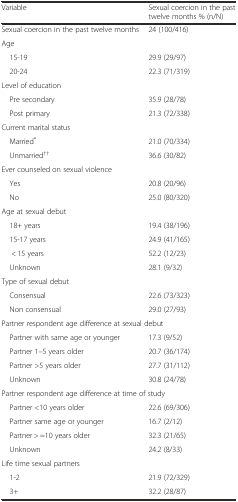
<table><thead><tr><td><b>Variable</b></td><td><b>Sexual coercion in the past twelve months % (n/N)</b></td></tr></thead><tbody><tr><td>Sexual coercion in the past twelve months</td><td>24 (100/416)</td></tr><tr><td colspan="2">Age</td></tr><tr><td> 15-19</td><td>29.9 (29/97)</td></tr><tr><td> 20-24</td><td>22.3 (71/319)</td></tr><tr><td colspan="2">Level of education</td></tr><tr><td> Pre secondary</td><td>35.9 (28/78)</td></tr><tr><td> Post primary</td><td>21.3 (72/338)</td></tr><tr><td colspan="2">Current marital status</td></tr><tr><td> Married<sup>®</sup></td><td>21.0 (70/334)</td></tr><tr><td> Unmarried<sup>††</sup></td><td>36.6 (30/82)</td></tr><tr><td colspan="2">Ever counseled on sexual violence</td></tr><tr><td> Yes</td><td>20.8 (20/96)</td></tr><tr><td> No</td><td>25.0 (80/320)</td></tr><tr><td colspan="2">Age at sexual debut</td></tr><tr><td> 18+ years</td><td>19.4 (38/196)</td></tr><tr><td> 15-17 years</td><td>24.9 (41/165)</td></tr><tr><td>&lt; 15 years</td><td>52.2 (12/23)</td></tr><tr><td> Unknown</td><td>28.1 (9/32)</td></tr><tr><td colspan="2">Type of sexual debut</td></tr><tr><td> Consensual</td><td>22.6 (73/323)</td></tr><tr><td> Non consensual</td><td>29.0 (27/93)</td></tr><tr><td colspan="2">Partner respondent age difference at sexual debut</td></tr><tr><td> Partner with same age or younger</td><td>17.3 (9/52)</td></tr><tr><td> Partner 1–5 years older</td><td>20.7 (36/174)</td></tr><tr><td> Partner &gt;5 years older</td><td>27.7 (31/112)</td></tr><tr><td> Unknown</td><td>30.8 (24/78)</td></tr><tr><td colspan="2">Partner respondent age difference at time of study</td></tr><tr><td> Partner &lt;10 years older</td><td>22.6 (69/306)</td></tr><tr><td> Partner same age or younger</td><td>16.7 (2/12)</td></tr><tr><td> Partner &gt; =10 years older</td><td>32.3 (21/65)</td></tr><tr><td> Unknown</td><td>24.2 (8/33)</td></tr><tr><td colspan="2">Life time sexual partners</td></tr><tr><td> 1-2</td><td>21.9 (72/329)</td></tr><tr><td> 3+</td><td>32.2 (28/87)</td></tr></tbody></table>